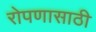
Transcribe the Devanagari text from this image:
रोपणासाठी